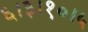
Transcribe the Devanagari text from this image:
६।३।१०।५